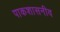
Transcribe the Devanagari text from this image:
पाकशासनीव